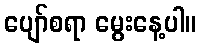
ပျော်စရာ မွေးနေ့ပါ။